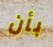
بأن